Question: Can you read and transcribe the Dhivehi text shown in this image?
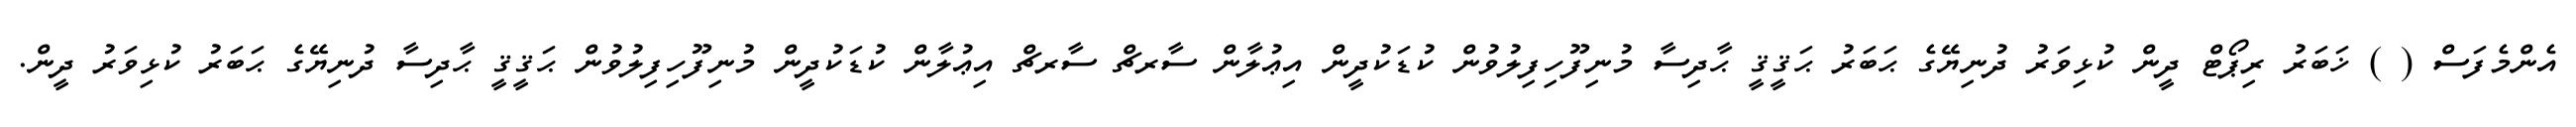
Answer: އެންމެފަސް ( ) ޚަބަރު ރިޕޯޓް ދީން ކުޅިވަރު ދުނިޔޭގެ ޙަބަރު ޙަޤީޤީ ޙާދިސާ މުނިފޫހިފިލުވުން ކުޑަކުދީން އިޢުލާން ސާރޗް ސާރޗް އިޢުލާން ކުޑަކުދީން މުނިފޫހިފިލުވުން ޙަޤީޤީ ޙާދިސާ ދުނިޔޭގެ ޙަބަރު ކުޅިވަރު ދީން.